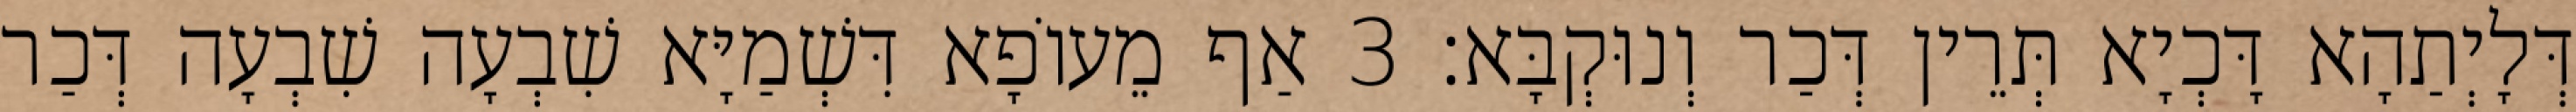
דְּלָיְתַהָא דָּכְיָא תְּרֵין דְּכַר וְנוּקְבָּא׃ 3 אַף מֵעוֹפָא דִּשְׁמַיָּא שִׁבְעָה שִׁבְעָה דְּכַר